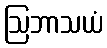
ဩဘာသယံ